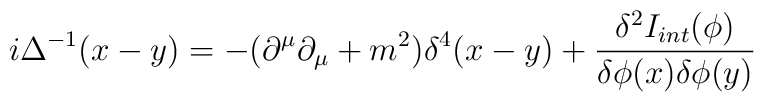
i \Delta ^{-1} (x-y)= -{(\partial^{\mu} \partial_{\mu} + m^2)} { \delta ^4(x-y)} + {{\delta ^2 I_{int}(\phi)} \over {\delta \phi (x) \delta \phi (y)}}